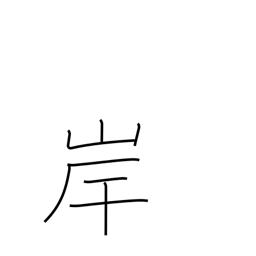
Meaning: beach